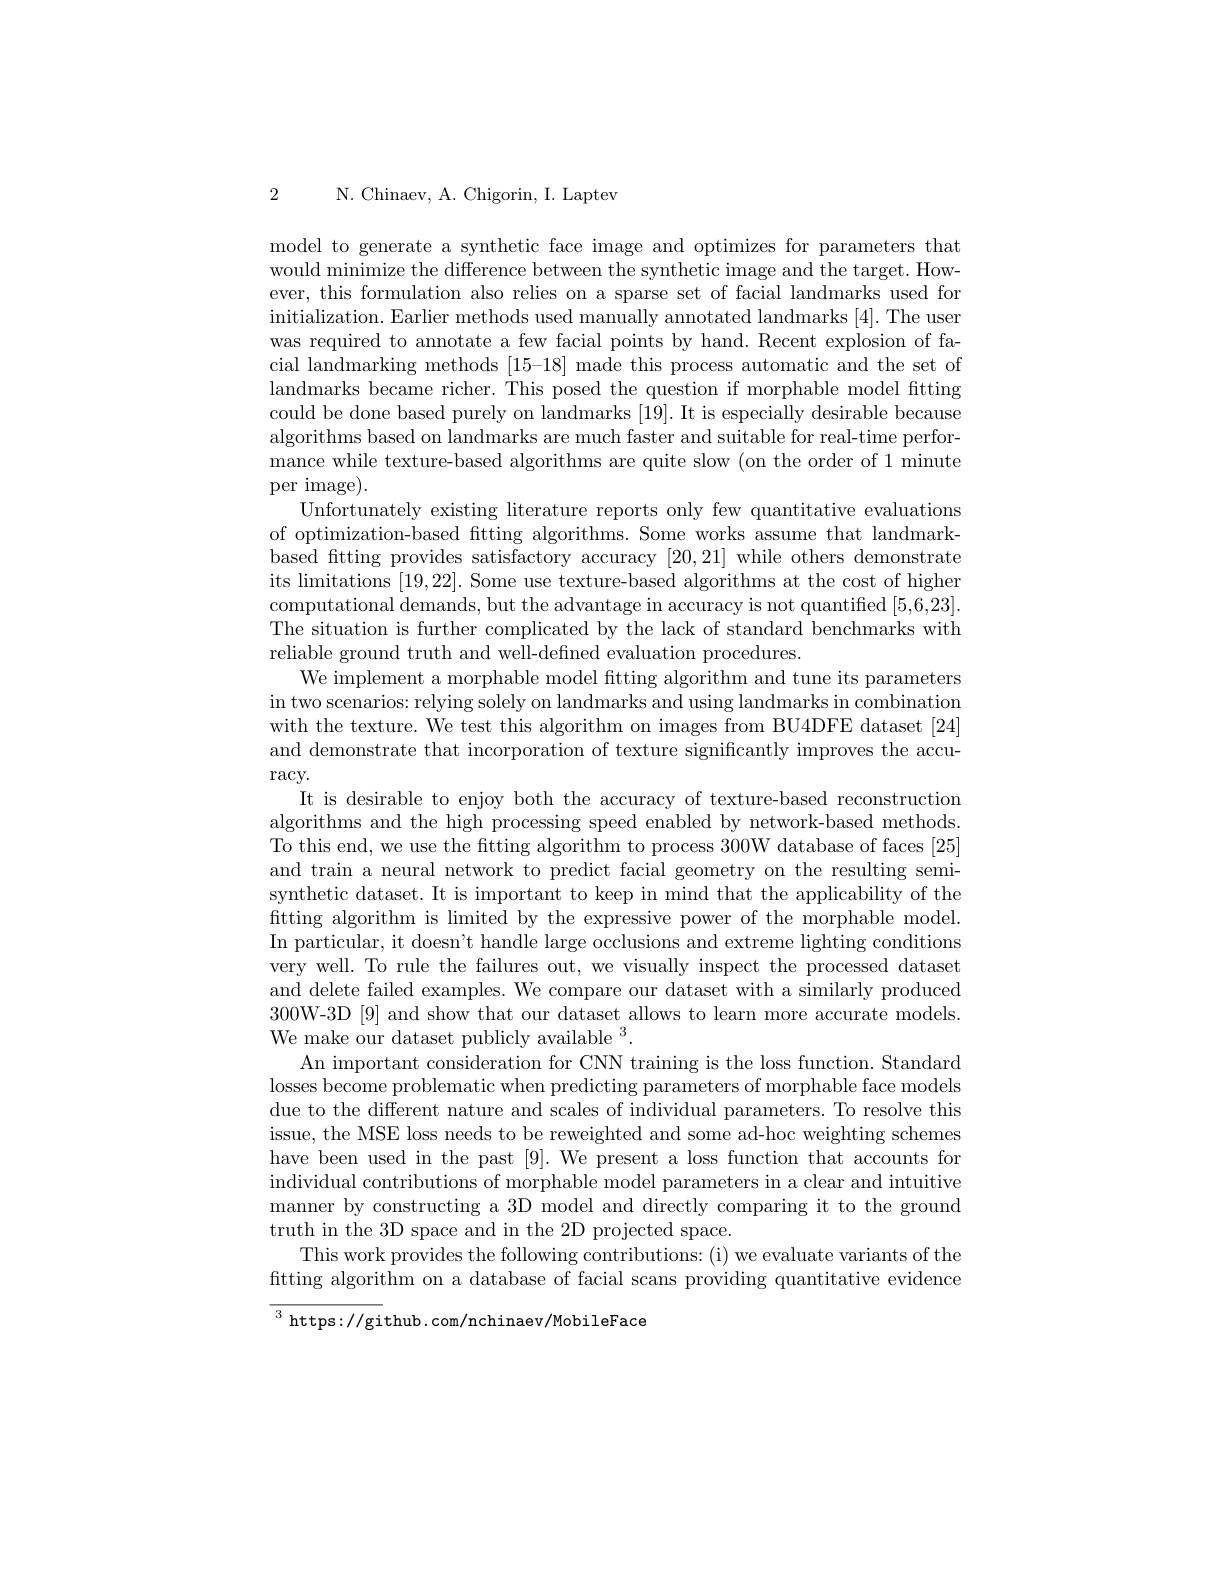
N. Chinaev, A. Chigorin, I. Laptev

2

model to generate a synthetic face image and optimizes for parameters that would minimize the difference between the synthetic image and the target. However, this formulation also relies on a sparse set of facial landmarks used for initialization. Earlier methods used manually annotated landmarks [4]. The user was required to annotate a few facial points by hand. Recent explosion of facial landmarking methods [15-18] made this process automatic and the set of landmarks became richer. This posed the question if morphable model fitting could be done based purely on landmarks [19]. It is especially desirable because algorithms based on landmarks are much faster and suitable for real-time performance while texture-based algorithms are quite slow (on the order of 1 minute per image).
Unfortunately existing literature reports only few quantitative evaluations of optimization-based fitting algorithms. Some works assume that landmarkbased ftting provides satisfactory accuracy [20,21] while others demonstrate its limitations [19,22]. Some use texture-based algorithms at the cost of higher computational demands, but the advantage in accuracy is not quantified [5,6,23]. The situation is further complicated by the lack of standard benchmarks with reliable ground truth and well-defned evaluation procedures.
We implement a morphable model ftting algorithm and tune its parameters in two scenarios: relying solely on landmarks and using landmarks in combination with the texture. We test this algorithm on images from BU4DFE dataset [24] and demonstrate that incorporation of texture significantly improves the accu- $\operatorname{racy}.$
It is desirable to enjoy both the accuracy of texture-based reconstruction algorithms and the high processing speed enabled by network-based methods To this end, we use the fitting algorithm to process 300W database of faces [25] and train a neural network to predict facial geometry on the resulting semisynthetic dataset. It is important to keep in mind that the applicability of the fitting algorithm is limited by the expressive power of the morphable model. In particular, it doesn't handle large occlusions and extreme lighting conditions very well. To rule the failures out, we visually inspect the processed dataset and delete failed examples. We compare our dataset with a similarly produced 300W-3D[9] and show that our dataset allows to learn more accurate models. We make our dataset publicly available $^3.$
An important consideration for CNN training is the loss function. Standard losses become problematic when predicting parameters of morphable face models due to the different nature and scales of individual parameters. To resolve this issue, the MSE loss needs to be reweighted and some ad-hoc weighting schemes have been used in the past [9]. We present a loss function that accounts for individual contributions of morphable model parameters in a clear and intuitive manner by constructing a 3D model and directly comparing it to the ground truth in the 3D space and in the 2D projected space.
This work provides the following contributions: (i) we evaluate variants of the fitting algorithm on a database of facial scans providing quantitative evidence $^3$ https://github. com/nchinaev/MobileFace